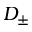
D _ { \pm }